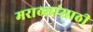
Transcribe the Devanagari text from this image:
मराठ्यांसाठी